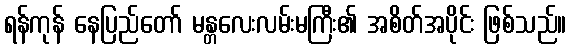
ရန်ကုန် နေပြည်တော် မန္တလေးလမ်းမကြီး၏ အစိတ်အပိုင်း ဖြစ်သည်။